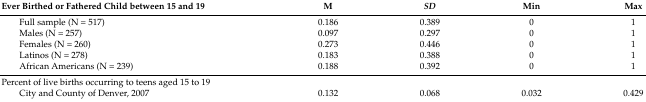
<table><thead><tr><td><b>Ever Birthed or Fathered Child between 15 and 19</b></td><td><b>M</b></td><td><b><i>SD</i></b></td><td><b>Min</b></td><td><b>Max</b></td></tr></thead><tbody><tr><td>Full sample (N = 517)</td><td>0.186</td><td>0.389</td><td>0</td><td>1</td></tr><tr><td>Males (N = 257)</td><td>0.097</td><td>0.297</td><td>0</td><td>1</td></tr><tr><td>Females (N = 260)</td><td>0.273</td><td>0.446</td><td>0</td><td>1</td></tr><tr><td>Latinos (N = 278)</td><td>0.183</td><td>0.388</td><td>0</td><td>1</td></tr><tr><td>African Americans (N = 239)</td><td>0.188</td><td>0.392</td><td>0</td><td>1</td></tr><tr><td>Percent of live births occurring to teens aged 15 to 19</td><td></td><td></td><td></td><td></td></tr><tr><td>City and County of Denver, 2007</td><td>0.132</td><td>0.068</td><td>0.032</td><td>0.429</td></tr></tbody></table>